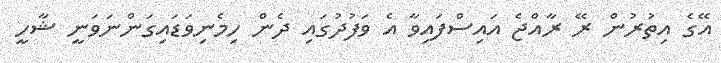
އޭގެ އިތުރުން ރޭ ރާއްޖެ އައިސްފައިވާ އެ ވަފުދުގައި ދެން ހިމެނިވަޑައިގަންނަވަނީ ޝާހީ